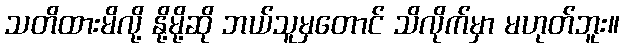
သတိထားမိလို့ နို့မို့ဆို ဘယ်သူမှတောင် သိလိုက်မှာ မဟုတ်ဘူး။